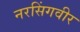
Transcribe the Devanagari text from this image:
नरसिंगवीर